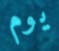
يوم